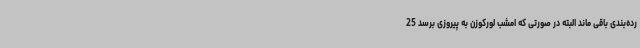
رده‌بندی باقی ماند البته در صورتی که امشب لورکوزن به پیروزی برسد 25